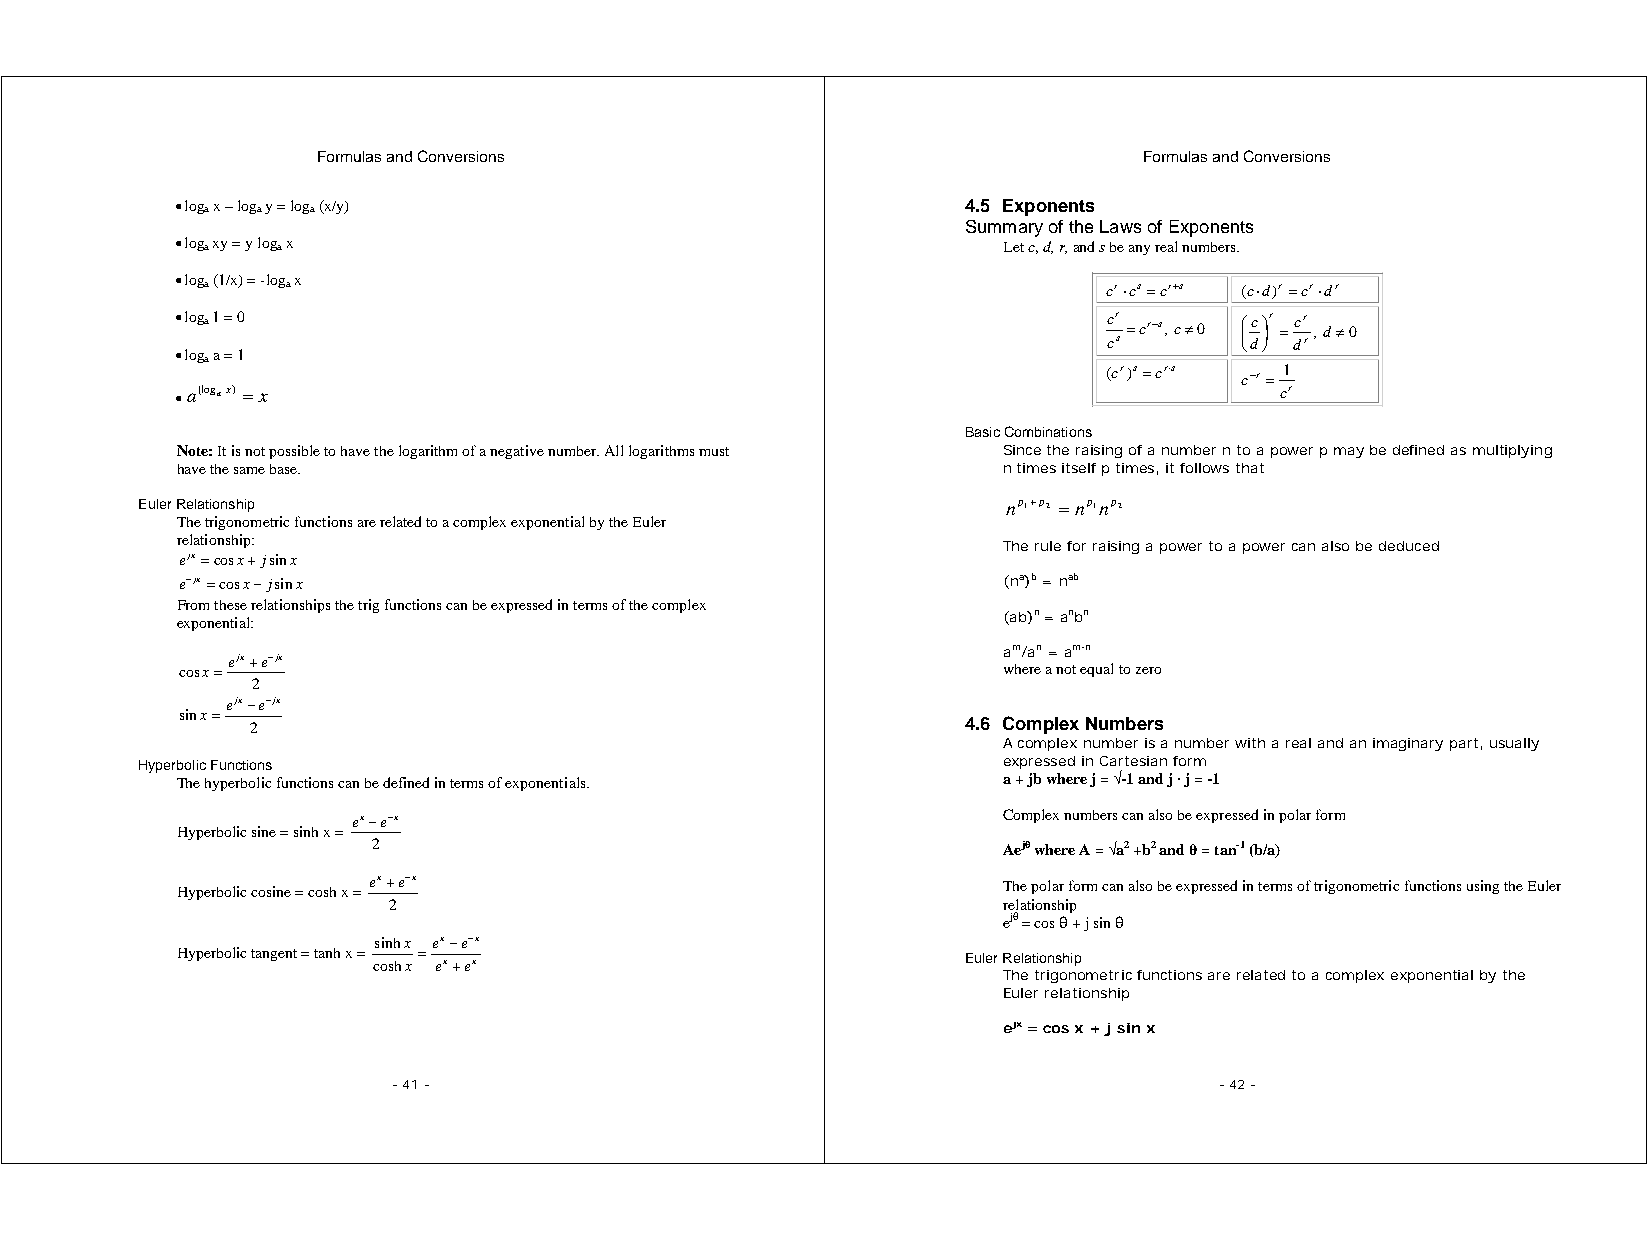
Formulas and Conversions                               Formulas and Conversions
 • loga x – loga y = loga (x/y)                      4.5 Exponents
 Summary of the Laws of Exponents
 • loga xy = y loga x                                  Let c, d, r, and s be any real numbers.
 • loga (1/x) = -loga x
 cr⋅cs=cr+s (c⋅d)r=cr⋅dr
 • loga 1 = 0                                                 ccr s =cr−s, c≠0 ⎜ ⎝⎛ dc ⎟ ⎠⎞r = dcr r, d≠0
 • loga a = 1
 (cr)s=cr⋅s
 c−r=
 1
 • a(logax) = x                                                           cr
 Basic Combinations
 Note: It is not possible to have the logarithm of a negative number. All logarithms must Since the raising of a number n to a power p may be defined as multiplying
 have the same base.                                   n times itself p times, it follows that
 Euler Relationship                                        np1+p2 =np1np2
 The trigonometric functions are related to a complex exponential by the Euler
 relationship:
 The rule for raising a power to a power can also be deduced
 ejx=cosx+ jsinx
 e−jx=cosx−jsinx                                       (na)b = nab
 From these relationships the trig functions can be expressed in terms of the complex
 exponential:                                          (ab)n = anbn
 am/an = am-n
 ejx+e−jx
 cosx=                                                 where a not equal to zero
 2
 ejx−e−jx
 sinx=
 2                                              4.6 Complex Numbers
 A complex number is a number with a real and an imaginary part, usually
 Hyperbolic Functions                                     expressed in Cartesian form
 The hyperbolic functions can be defined in terms of exponentials. a + jb where j = √-1 and j · j = -1
 ex−e−x                                     Complex numbers can also be expressed in polar form
 Hyperbolic sine = sinh x =
 2                                        Aejθ where A = √a2 +b2 and θ = tan-1 (b/a)
 Hyperbolic cosine = cosh x = ex+e−x                   The polar form can also be expressed in terms of trigonometric functions using the Euler
 2                                       relationship
 ejθ = cos θ + j sin θ
 sinhx ex−e−x
 Hyperbolic tangent = tanh x = coshx= ex+ex          Euler Relationship
 The trigonometric functions are related to a complex exponential by the
 Euler relationship
 ejx = cos x + j sin x
 - 41 -                                                 - 42 -